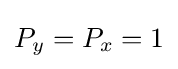
P_{y}=P_{x}=1